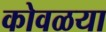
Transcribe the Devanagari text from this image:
कोवळया